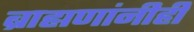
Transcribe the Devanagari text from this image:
ब्राह्मणांनीही